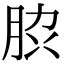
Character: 䏮